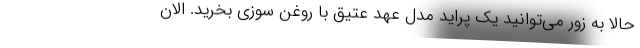
حالا به زور می‌توانید یک پراید مدل عهد عتیق با روغن سوزی بخرید. الان